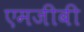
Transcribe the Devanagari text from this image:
एमजीबी